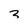
Character: 3